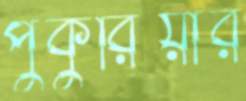
পুকুরিয়ার